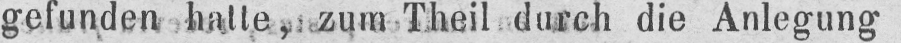
gefunden hatte, zum Theil durch die Anlegung